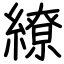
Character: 繚